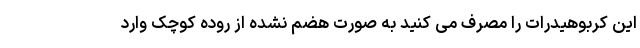
این کربوهیدرات را مصرف می کنید به صورت هضم نشده از روده کوچک وارد